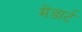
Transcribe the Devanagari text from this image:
मेंडार्ट